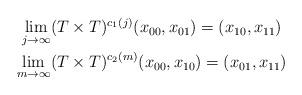
LaTeX: \begin{align*}\begin{gathered}\lim_{j\to\infty}(T \times T)^{c_1(j)}(x_{00},x_{01}) = (x_{10},x_{11}) \\\lim_{m\to\infty}(T \times T)^{c_2(m)}(x_{00},x_{10}) = (x_{01},x_{11})\end{gathered}\end{align*}